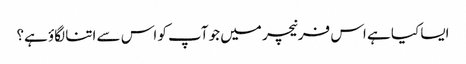
ایسا کیا ہے اس فرنیچر میں جو آپ کو اس سے اتنا لگاؤ ہے؟